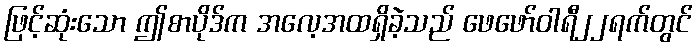
ဖြင့်ဆုံးသော ဤစာပိုဒ်က အလေ့အထရှိခဲ့သည် ဖေဖော်ဝါရီ၂၂ရက်တွင်